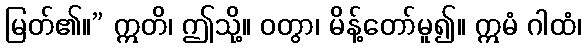
မြတ်၏။” ဣတိ၊ ဤသို့။ ဝတွာ၊ မိန့်တော်မူ၍။ ဣမံ ဂါထံ၊